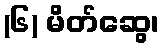
(၆) မိတ်ဆွေ၊